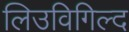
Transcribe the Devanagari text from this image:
लिउविगिल्द